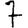
Digit: 7